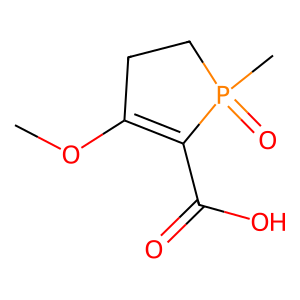
SMILES: COC1=C(C(=O)O)P(C)(=O)CC1
Inhibits HIV replication: No